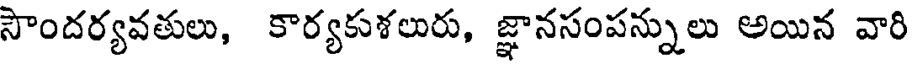
సౌందర్యవతులు, కార్యకుశలురు, జ్ఞానసంపన్నులు అయిన వారి